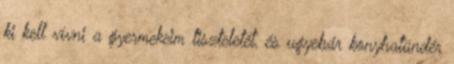
ki kell vívni a gyermekeim tiszteletét, és ugyebár konyhatündér